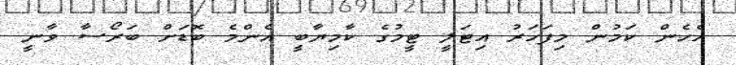
އެހެން ކަމުން މިފަހަރު އިޓަލީ ޓީމުގެ ކާމިޔާބީ އެންމެ ބޮޑަށް ބަރޯސާ ވާނީ